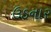
ઉડનાર